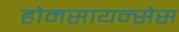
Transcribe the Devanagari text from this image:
होमसायन्सेस